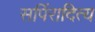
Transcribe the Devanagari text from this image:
सर्पिरादित्य